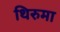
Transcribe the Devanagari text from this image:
थिरुमा